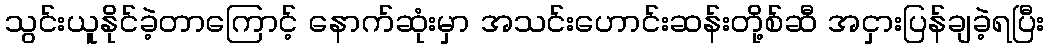
သွင်းယူနိုင်ခဲ့တာကြောင့် နောက်ဆုံးမှာ အသင်းဟောင်းဆန်းတို့စ်ဆီ အငှားပြန်ချခဲ့ရပြီး